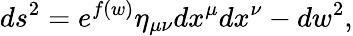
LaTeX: ds^{2}=e^{f(w)}\eta_{\mu\nu}dx^{\mu}dx^{\nu}-dw^{2},